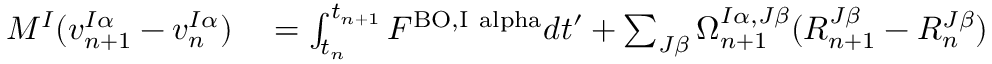
\begin{array} { r l } { M ^ { I } ( v _ { n + 1 } ^ { I \alpha } - v _ { n } ^ { I \alpha } ) } & { { } = \int _ { t _ { n } } ^ { t _ { n + 1 } } F ^ { \mathrm { B O , I \ a l p h a } } d t ^ { \prime } + \sum _ { J \beta } \Omega _ { n + 1 } ^ { I \alpha , J \beta } ( R _ { n + 1 } ^ { J \beta } - R _ { n } ^ { J \beta } ) } \end{array}